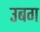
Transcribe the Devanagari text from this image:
उबग